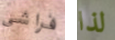
فراشي لذا